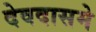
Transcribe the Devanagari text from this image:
देवदासमे